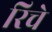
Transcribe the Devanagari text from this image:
रिचे